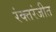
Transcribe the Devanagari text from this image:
रंक्तरंजीत